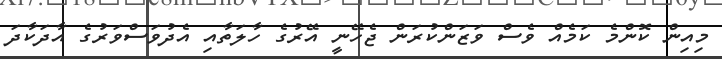
މިއިން ކޮންމެ ކަމެއް ވެސް ވަޒަންކުރަން ޖެހޭނީ އޭރުގެ ހާލަތާއި އެދުވަސްވަރުގެ އާދަކާދަ